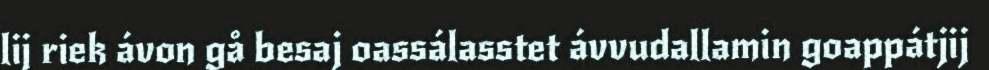
lij riek ávon gå besaj oassálasstet ávvudallamin goappátjij